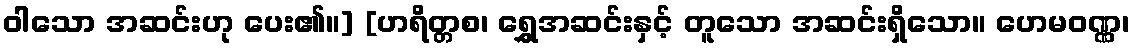
ဝါသော အဆင်းဟု ပေး၏။] [ဟရိတ္တစ၊ ရွှေအဆင်းနှင့် တူသော အဆင်းရှိသော။ ဟေမဝဏ္ဏ၊